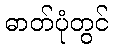
ဓာတ်ပုံတွင်